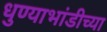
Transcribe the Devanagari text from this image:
धुण्याभांडीच्या